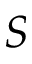
S